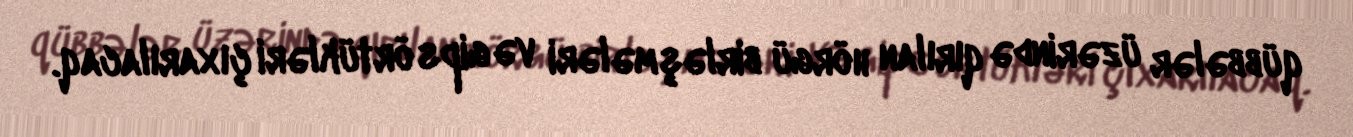
qübbələr üzərində qırılan hörgü birləşmələri və gips örtükləri çıxarılacaq.